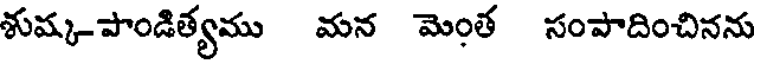
శుష్క-పాండిత్యము మన మెంత సంపాదించినను